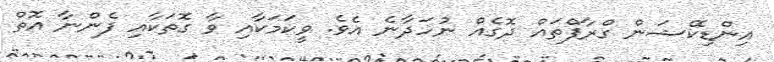
އިންޑިކޭޝަން ގްރާފްތައް ދޮގެއް ނުހަދާނެ އެވެ. ވީކަމަކާއި ވާ ގޮތަކާއި ފެންނާ އޮތް